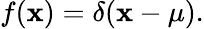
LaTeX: f(\mathbf{x})=\delta(\mathbf{x}-\mu).